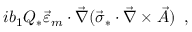
i b _ { 1 } Q _ { * } \vec { \varepsilon } _ { m } \cdot \vec { \nabla } ( \vec { \sigma } _ { * } \cdot \vec { \nabla } \times \vec { A } ) \, \, \, ,